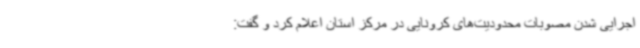
اجرایی شدن مصوبات محدودیت‌های کرونایی در مرکز استان اعلام کرد و گفت: